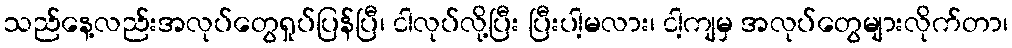
သည်နေ့လည်းအလုပ်တွေရှုပ်ပြန်ပြီ၊ ငါလုပ်လို့ပြီး ပြီးပါ့မလား၊ ငါ့ကျမှ အလုပ်တွေများလိုက်တာ၊